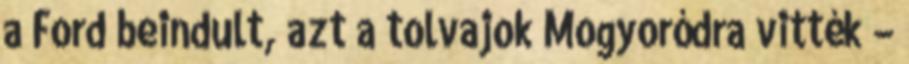
a Ford beindult, azt a tolvajok Mogyoródra vitték –